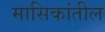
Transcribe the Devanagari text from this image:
मासिकांतील